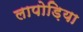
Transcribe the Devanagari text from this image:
लापोड़िया